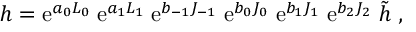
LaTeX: h = { \mathrm { e } } ^ { a _ { 0 } L _ { 0 } } \; { \mathrm { e } } ^ { a _ { 1 } L _ { 1 } } \; { \mathrm { e } } ^ { b _ { - 1 } J _ { - 1 } } \; { \mathrm { e } } ^ { b _ { 0 } J _ { 0 } } \; { \mathrm { e } } ^ { b _ { 1 } J _ { 1 } } \; { \mathrm { e } } ^ { b _ { 2 } J _ { 2 } } \; \tilde { h } \; ,